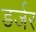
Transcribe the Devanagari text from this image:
डर्जर